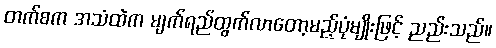
တက်စက အသံထဲက မျက်ရည်ထွက်လာတော့မည့်ပုံမျိုးဖြင့် ညည်းသည်။